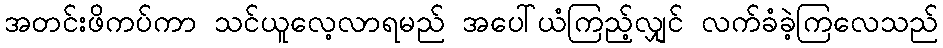
အတင်းဖိကပ်ကာ သင်ယူလေ့လာရမည် အပေါ်ယံကြည့်လျှင် လက်ခံခဲ့ကြလေသည်